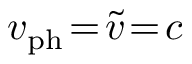
v _ { \mathrm { p h } } \! = \! \widetilde { v } \! = \! c